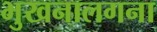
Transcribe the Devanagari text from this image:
भुखनालगना